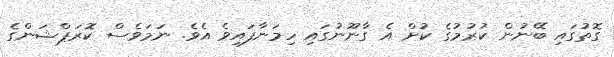
ގޮތުގައި ބޭނުން ކުރުމުގެ ކުށް އެ ގާނޫނުގައި ހިމަނާފައިވެ އެވެ. ނަމަވެސް ކޮރަޕްޝަންގެ